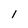
Character: l